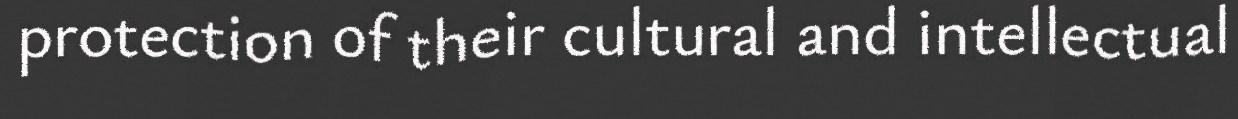
protection of their cultural and intellectual